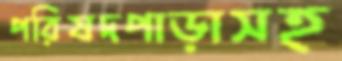
পরিষদপাড়াসহ